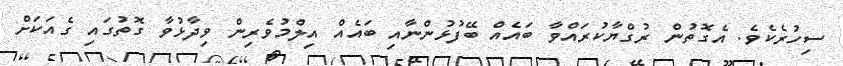
ސިހުރެކެެވެ. އެގޮތުން ރުގްޔާކުރައްވާ ބައެއް ބޭފުޅުންނާއި ބައެއް އިލްމުވެރިން ވިދާޅުވާ ގޮތުގައި ގެއަކަށް